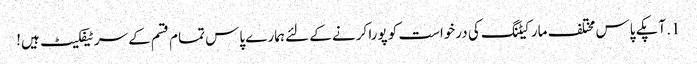
1. آپکے پاس مختلف مارکیٹنگ کی درخواست کو پورا کرنے کے لئے ہمارے پاس تمام قسم کے سرٹیفکیٹ ہیں!